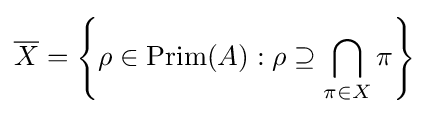
{\overline {X}}=\left\{\rho \in \operatorname {Prim} (A):\rho \supseteq \bigcap _{\pi \in X}\pi \right\}